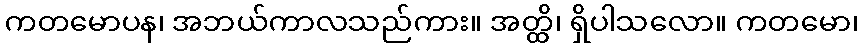
ကတမောပန၊ အဘယ်ကာလသည်ကား။ အတ္ထိ၊ ရှိပါသလော။ ကတမော၊